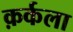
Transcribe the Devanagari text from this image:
क़र्कला